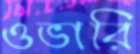
ওভারি